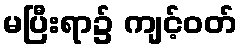
မပြီးရာ၌ ကျင့်ဝတ်